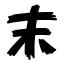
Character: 末